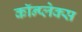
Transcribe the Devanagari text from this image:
कॉन्प्लेक्स